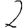
Digit: 2